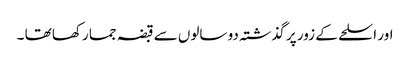
اور اسلحے کے زور پر گذشتہ دو سالوں سے قبضہ جما رکھا تھا ۔